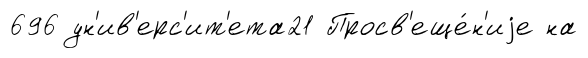
696 ун'ив'ерс'ит'ета21 Просв'еще́н'иjе на